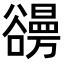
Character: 𧯐